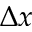
\Delta x